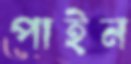
পাইন